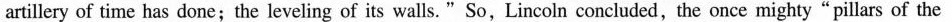
artillery of time has done;the leveling of its walls. "So,Lincoln concluded, the once mighty" pillars of the